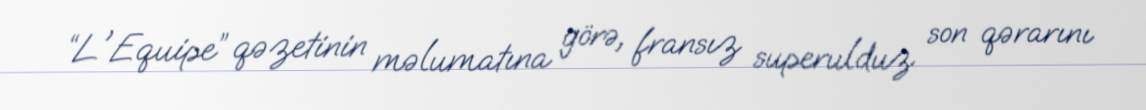
“L'Equipe” qəzetinin məlumatına görə, fransız superulduz son qərarını